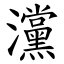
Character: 灙